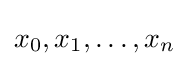
x_{0},x_{1},\dots ,x_{n}